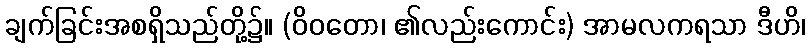
ချက်ခြင်းအစရှိသည်တို့၌။ (ဝိဝတော၊ ၏လည်းကောင်း) အာမလကရသာ ဒီဟိ၊